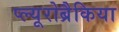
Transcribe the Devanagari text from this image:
प्ल्यूरोब्रैकिया